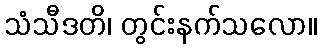
သံသီဒတိ၊ တွင်းနက်သလော။